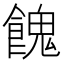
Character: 餽